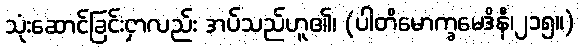
သုံးဆောင်ခြင်းငှာလည်း အပ်သည်ဟူ၏၊ (ပါတိမောက္ခမေဒိနီ၊၂၁၅။)